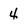
Character: 4